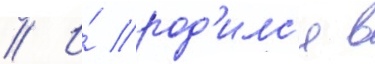
// И́ род'илс'я в